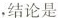
，结论是___。